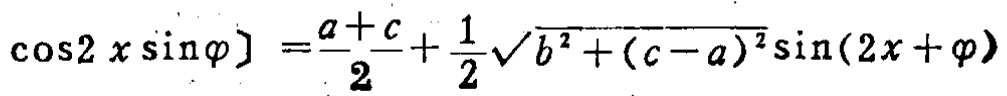
\(\cos2 x \sin\varphi] =\frac{a + c}{2}+\frac{1}{2}\sqrt{b^{2}+(c - a)^{2}}\sin(2x + \varphi)\)